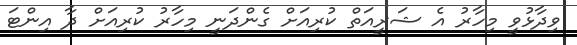
ވިދާޅުވީ މިހާރު އެ ޝަރީއަތް ކުރިއަށް ގެންދަނީ މިހާރު ކުރިއަށް ދާ އިންޓަ